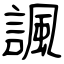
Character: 諷